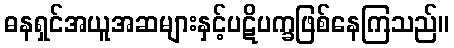
ဓနရှင်အယူအဆများနှင့်ပဋိပက္ခဖြစ်နေကြသည်။